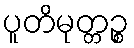
ပူတိမုတ္တဉ္စ